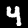
Digit: 4